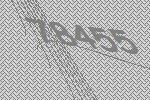
78455